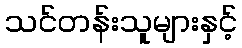
သင်တန်းသူများနှင့်